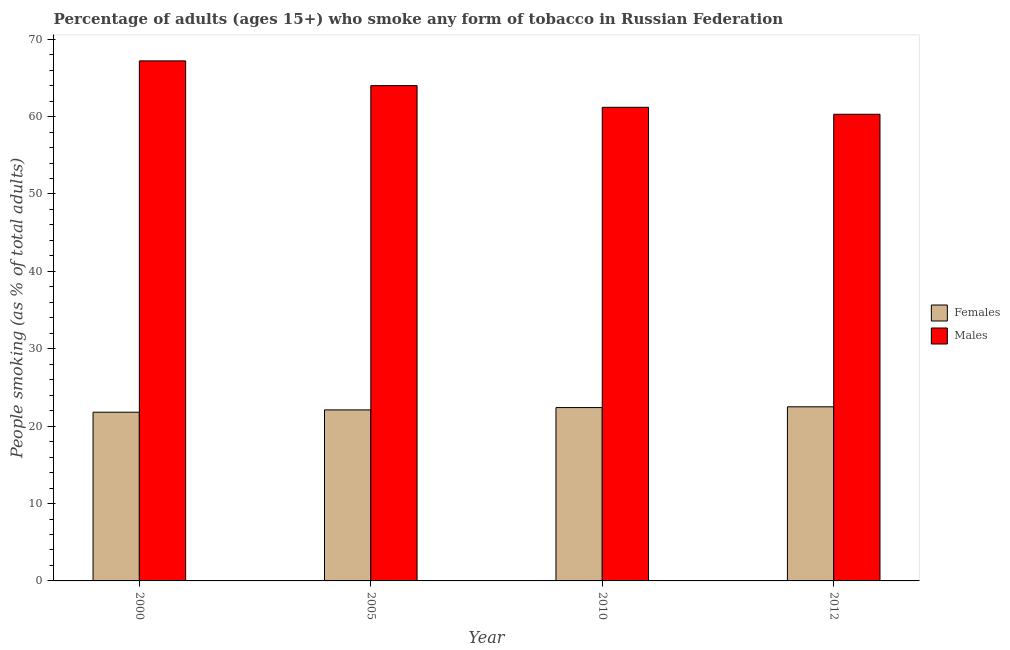
| Year | Females | Males |
 | --- | --- | --- |
 | 2000 | 21.8 | 67.2 |
 | 2005 | 22.1 | 64 |
 | 2010 | 22.4 | 61.2 |
 | 2012 | 22.5 | 60.3 |